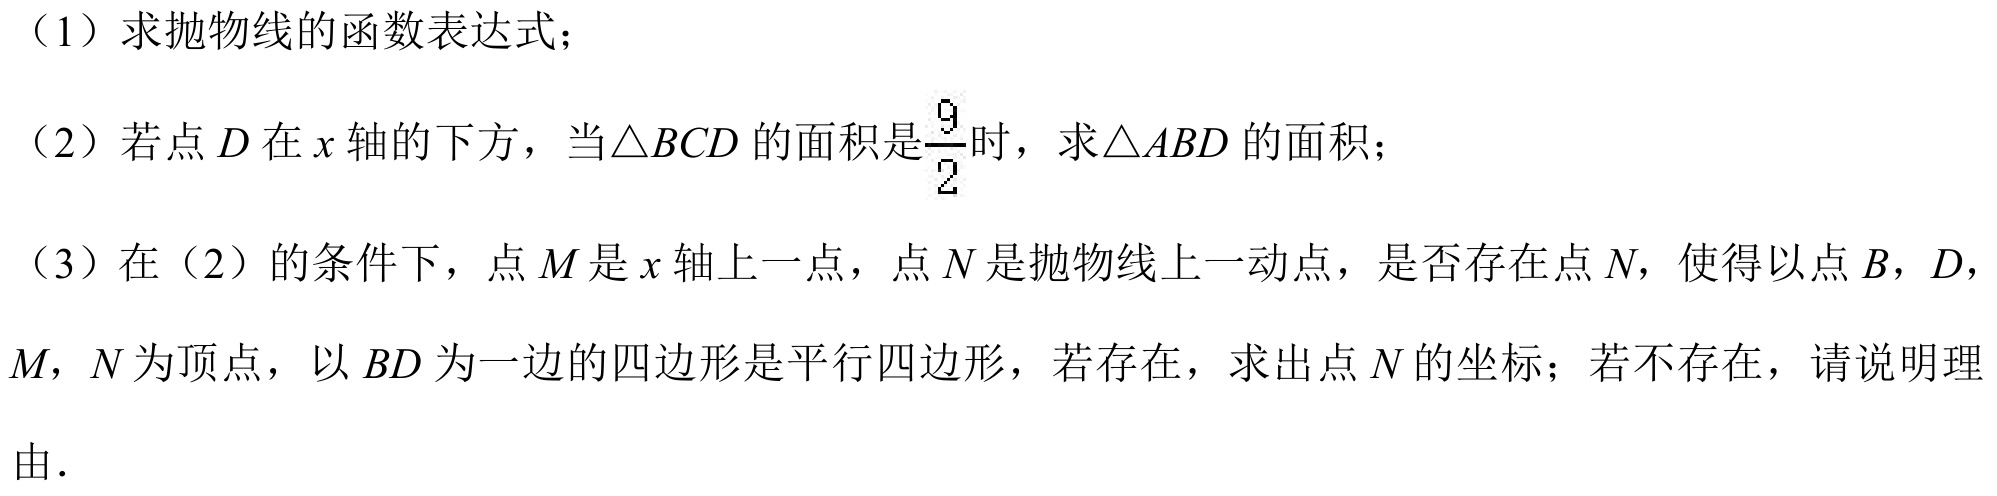
（1）求抛物线的函数表达式；
（2）若点\(D\)在\(x\)轴的下方，当\(\triangle BCD\)的面积是\(\frac{9}{2}\)时，求\(\triangle ABD\)的面积；
（3）在（2）的条件下，点\(M\)是\(x\)轴上一点，点\(N\)是抛物线上一动点，是否存在点\(N\)，使得以点\(B\)，\(D\)，\(M\)，\(N\)为顶点，以\(BD\)为一边的四边形是平行四边形，若存在，求出点\(N\)的坐标；若不存在，请说明理由．